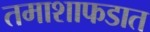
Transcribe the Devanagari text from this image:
तमाशाफडात